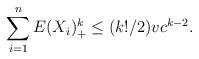
LaTeX: \begin{align*}\sum_{i=1}^n E (X_i)_+^k\leq (k!/2)v c^{k-2}.\end{align*}